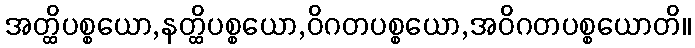
အတ္ထိပစ္စယော,နတ္ထိပစ္စယော,ဝိဂတပစ္စယော,အဝိဂတပစ္စယောတိ။